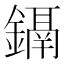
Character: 𨭀